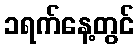
၁ရက်နေ့တွင်